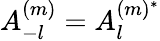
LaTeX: A_{-l}^{(m)}=A_{l}^{(m)^{\ast}}